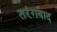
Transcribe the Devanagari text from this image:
तरंगवाद